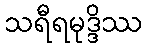
သရီရမုဒ္ဒိဿ